Burma Government Medical School reports 1907-22
Year: 1907
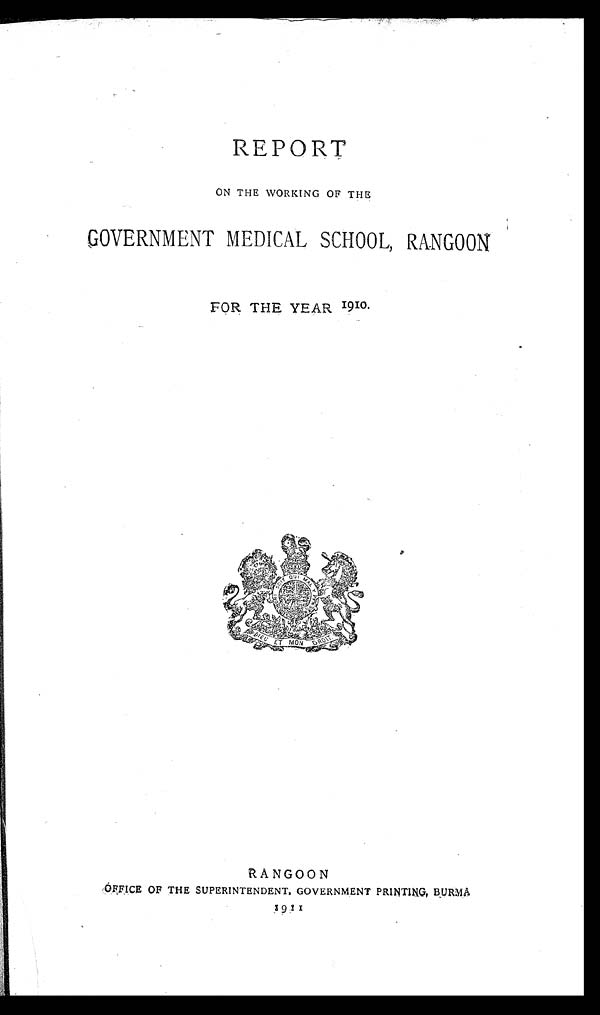
sREPORT
ON THE WORKING OF THE
GOVERNMENT MEDICAL SCHOOL, RANGOON
FOR THE YEAR 1910.
RANGOON
OFFICE OF THE SUPERINTENDENT, GOVERNMENT PRINTING, BURMA
1911